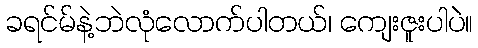
ခရင်မ်နဲ့ဘဲလုံလောက်ပါတယ်၊ ကျေးဇူးပါပဲ။